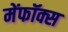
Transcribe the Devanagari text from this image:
मेंफॉक्स